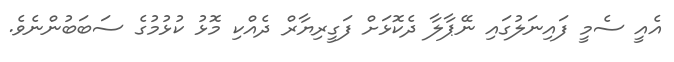
އެއީ ސެމީ ފައިނަލުގައި ނޭޕާލާ ދެކޮޅަށް ފަގީރިޔާރް ދެއްކި މޮޅު ކުޅުމުގެ ސަބަބުންނެވެ.